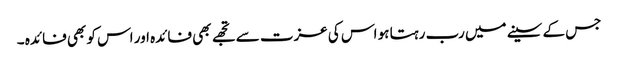
جس کے سینے میں رب رہتا ہو اس کی عزت سے تجھے بھی فائدہ اور اس کو بھی فائدہ ۔